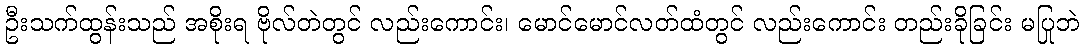
ဦးသက်ထွန်းသည် အစိုးရ ဗိုလ်တဲတွင် လည်းကောင်း၊ မောင်မောင်လတ်ထံတွင် လည်းကောင်း တည်းခိုခြင်း မပြုဘဲ